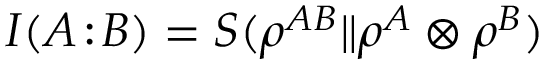
I ( A \! : \! B ) = S ( \rho ^ { A B } \| \rho ^ { A } \otimes \rho ^ { B } )